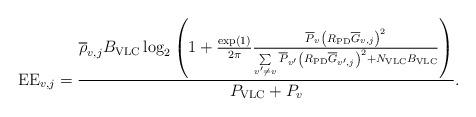
LaTeX: \begin{align*}{\rm EE}_{v,j}=\frac{{ \overline{\rho}_{v,j} B_{\rm VLC} \log_2 \left({ 1 + {\frac{\exp(1)}{2\pi}} \frac{{\overline P}_v {\left( {{R_{\rm{PD}}}{\overline{G}_{v,j}}} \right)}^2} { {\sum\limits_{v'\ne v} {\overline P}_{v'} {\left( {{R_{\rm{PD}}}{\overline{G}_{v',j}}} \right)}^2 } + N_{\rm VLC}B_{\rm VLC}} } \right)}} {P_{\rm VLC}+P_v}.\end{align*}